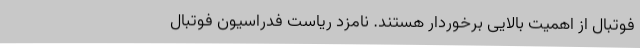
فوتبال از اهمیت بالایی برخوردار هستند. نامزد ریاست فدراسیون فوتبال